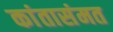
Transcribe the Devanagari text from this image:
कांतासंमत